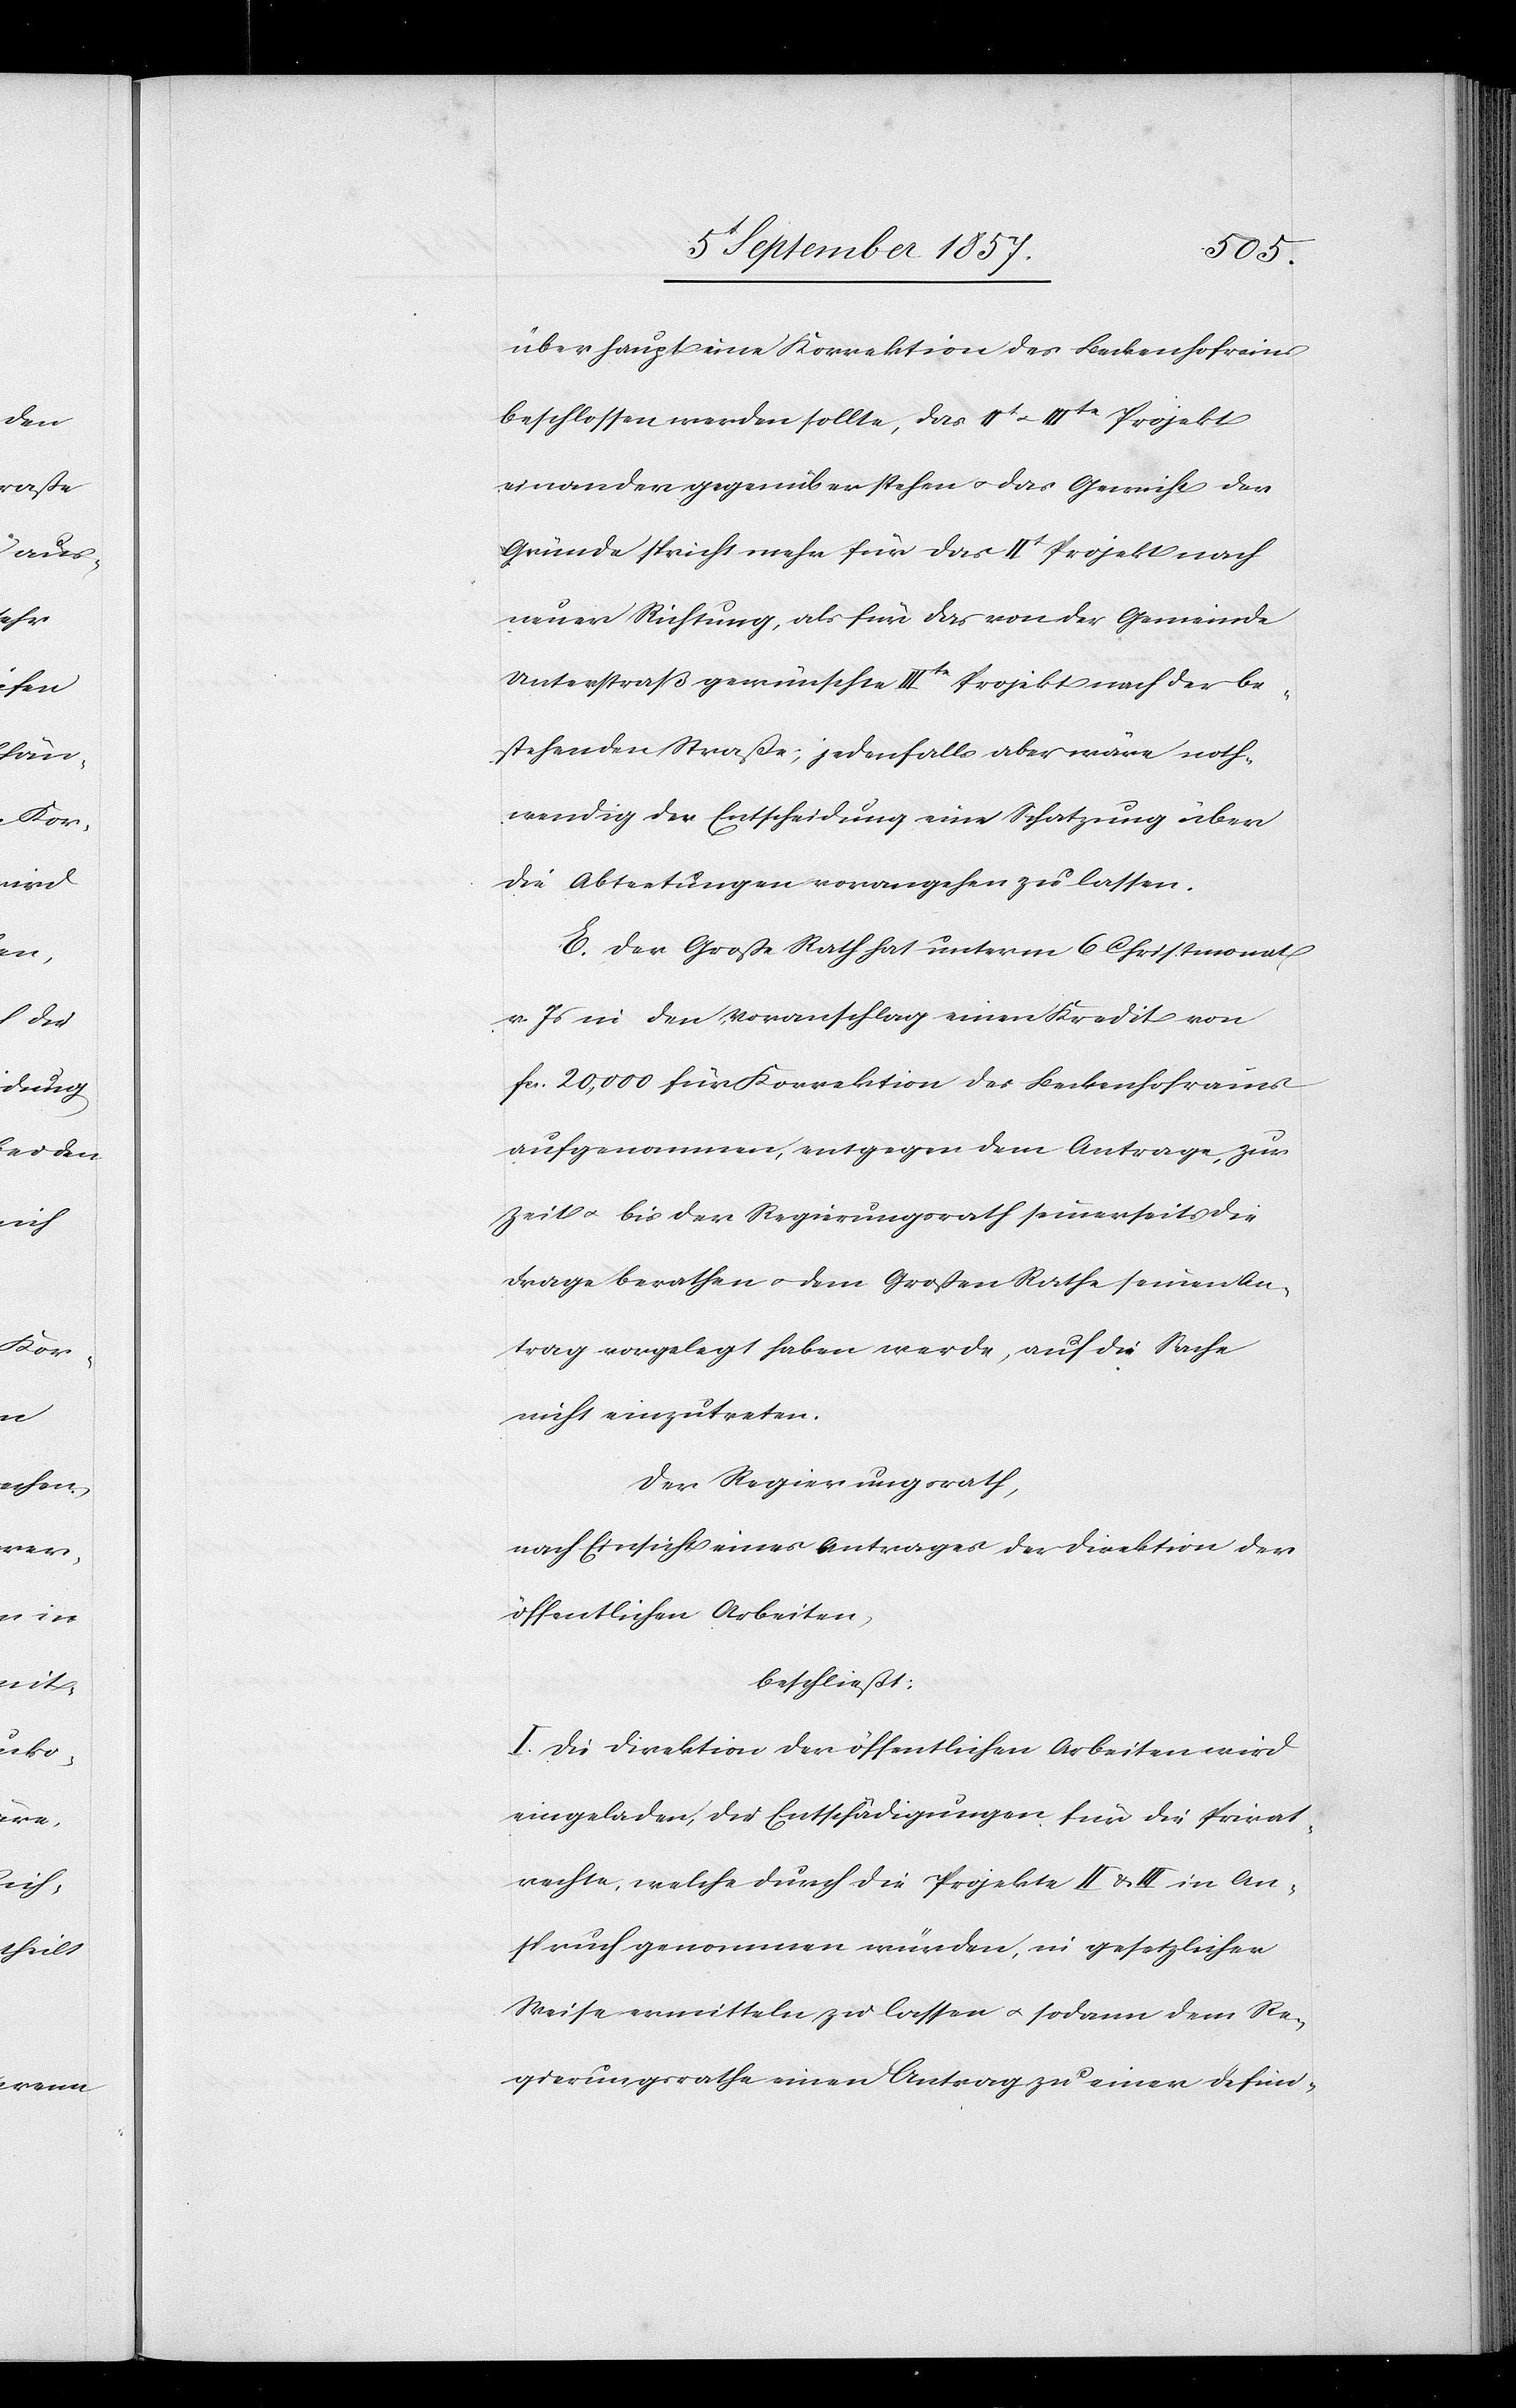
überhaupt eine Korrektion des Beckenhofrains
beschlossen werden sollte, das IIte & IIIte Projekt
einander gegenüberstehen & das Gewicht der
Gründe spricht noch mehr für das IIt Projekt nach
bestehenden Straße; jedenfalls aber wäre noth¬
wendig der Entscheidung eine Schatzung über
die Abtretungen vorangehen zu lassen.
E. Der Große Rath hat unterm 6 Christmonat
v. Js. in den Voranschlag einen Kredit von
fcs. 20,000 für Korrektion des Beckenhofrains
aufgenommen, entgegen dem Antrage, zur
Zeit & bis der Regierungsrath seinerseits die
Frage berathen & dem Großen Rathe seinen An¬
trag vorgelegt haben werde, auf die Sache
nicht einzutreten.
Der Regierungsrath,
nach Einsicht eines Antrages der Direktion der
öffentlichen Arbeiten,
beschließt:
I. Die Direktion der öffentlichen Arbeiten wird
eingeladen, die Entschädigungen für die Privat¬
rechte, welche durch die Projekte II & III in An¬
spruch genommen würden, in gesetzlicher
Weise vermitteln zu lassen & sodann dem Re¬
gierungsrathe einen Antrag zu einer defini-